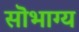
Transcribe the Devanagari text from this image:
सॊभाग्य